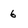
Character: 6